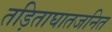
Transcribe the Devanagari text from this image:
तड़िताघातजनित